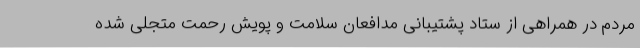
مردم در همراهی از ستاد پشتیبانی مدافعان سلامت و پویش رحمت متجلی شده